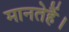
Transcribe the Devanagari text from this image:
मानतेहैं।